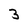
Character: 3